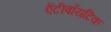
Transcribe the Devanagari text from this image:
ऐंटीबॉयटिक